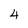
Character: 4